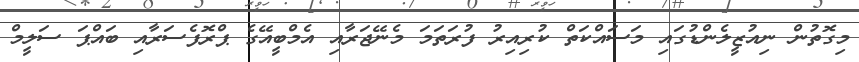
މިގޮތުން ނިއުޒީލެންޑުގައި މަސައްކަތް ކުރިއިރު ފުރަތަމަ މެނޭޖަރާއި އެމްބީއޭގެ ޕްރޮފެސަރާއި ބައްޕަ ސަލީމް